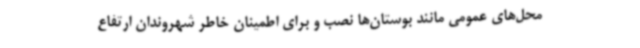
محل‌های عمومی مانند بوستان‌ها نصب و برای اطمینان خاطر شهروندان ارتفاع